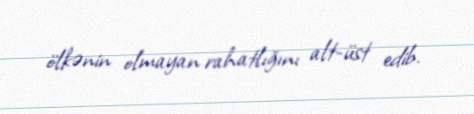
ölkənin olmayan rahatlığını alt-üst edib.